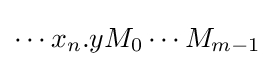
\cdots x_{n}.yM_{0}\cdots M_{m-1}